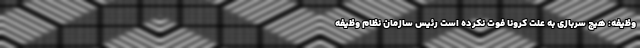
وظیفه: هیچ سربازی به علت کرونا فوت نکرده است رئیس سازمان نظام وظیفه